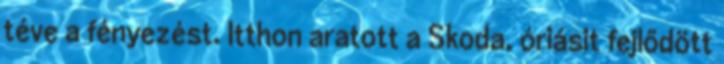
téve a fényezést. Itthon aratott a Skoda, óriásit fejlődött